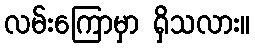
လမ်းကြောမှာ ရှိသလား။